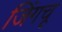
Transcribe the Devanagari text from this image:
जिंगचू